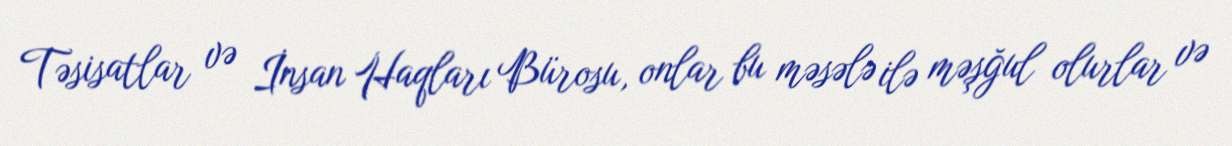
Təsisatlar və İnsan Haqları Bürosu, onlar bu məsələ ilə məşğul olurlar və